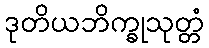
ဒုတိယဘိက္ခုသုတ္တံ